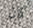
كان